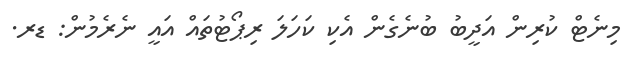
މިނެޓް ކުރިން އަދީބު ބުނެގެން އެކި ކަހަލަ ރިޕޯޓުތައް އައީ ނެރެމުން: ޑރ.